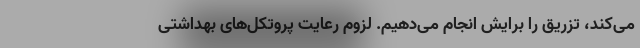
می‌کند، تزریق را برایش انجام می‌دهیم. لزوم رعایت پروتکل‌های بهداشتی